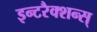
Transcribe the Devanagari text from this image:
इन्टरैक्शन्स्